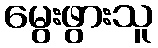
မွေးဖွားသူ